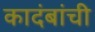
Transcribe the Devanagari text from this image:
कादंबांची